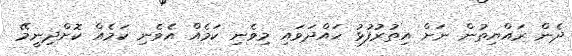
ދެން ރައްޔިތުން ނަށް އިތުރުފުޅު ހައްދަވައި މިވެނި ކަމެއް އެވެނި ކަމެއް ކޮށްދިނީމޭ